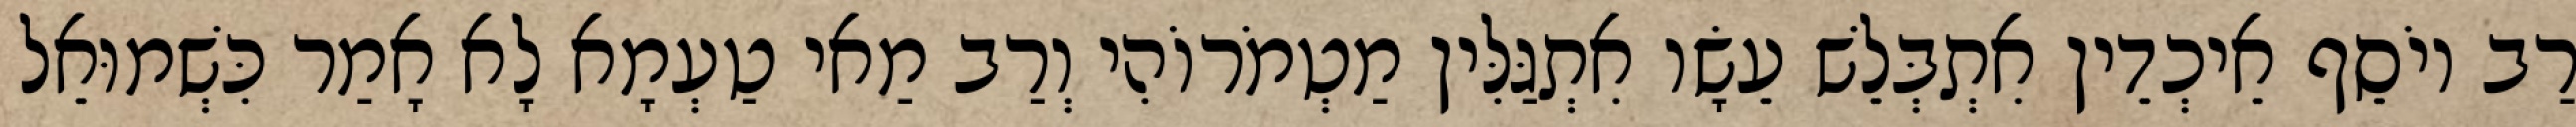
רַב יוֹסֵף אֵיכְדֵין אִתְבְּלֵשׁ עֵשָׂו אִתְגַּלִּין מַטְמֹרוֹהִי וְרַב מַאי טַעְמָא לָא אָמַר כִּשְׁמוּאֵל